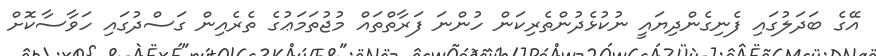
އޭގެ ބަދަލުގައި ފެނިގެންދިޔައީ ނުކުޅެދުންތެރިކަން ހުންނަ ފަރާތްތައް މުޖުތަމަޢުގެ ތެރެއިން ގަސްދުގައި ހަވާސާކޮށް